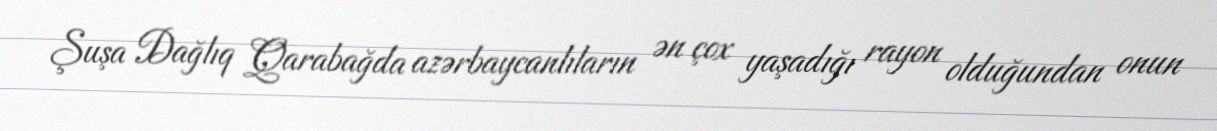
Şuşa Dağlıq Qarabağda azərbaycanlıların ən çox yaşadığı rayon olduğundan onun